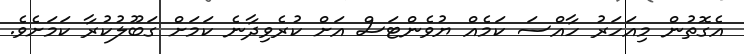
އެގޮތުން މިއަހަރު ހާއްސަ ކަމެއް ޔުވެންޓަސް އަށް ކުރެވިދާނެ ކަމަށް ގަބޫލުކުރާ ކަމަށެވެ.